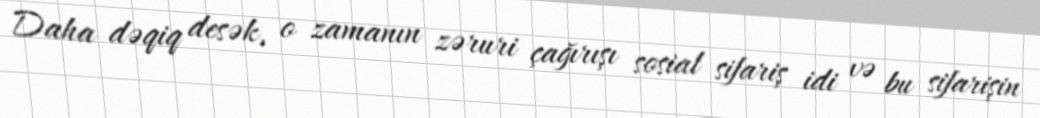
Daha dəqiq desək, o zamanın zəruri çağırışı sosial sifariş idi və bu sifarişin